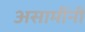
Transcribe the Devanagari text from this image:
असामींनी